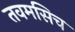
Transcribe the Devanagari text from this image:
तवमसिच